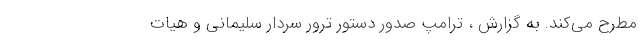
مطرح می‌کند. به گزارش ، ترامپ صدور دستور ترور سردار سلیمانی و هیات